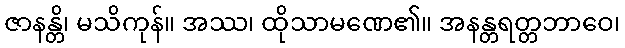
ဇာနန္တိ၊ မသိကုန်။ အဿ၊ ထိုသာမဏေ၏။ အနန္တရတ္တဘာဝေ၊